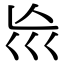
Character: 𡿬